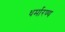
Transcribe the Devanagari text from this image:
धर्मारण्य